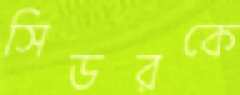
সিডরকে